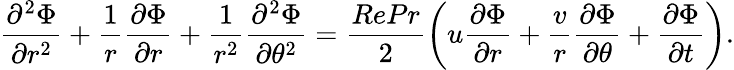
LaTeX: \frac{\partial^{2}\Phi}{\partial r^{2}}+\frac{1}{r}\frac{\partial\Phi}{\partial r}+\frac{1}{r^{2}}\frac{\partial^{2}\Phi}{\partial\theta^{2}}=\frac{RePr}{2}\left(u\frac{\partial\Phi}{\partial r}+\frac{v}{r}\frac{\partial\Phi}{\partial\theta}+\frac{\partial\Phi}{\partial t}\right).